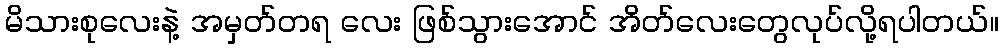
မိသားစုလေးနဲ့ အမှတ်တရ လေး ဖြစ်သွားအောင် အိတ်လေးတွေလုပ်လို့ရပါတယ်။